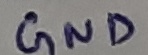
Text: GND